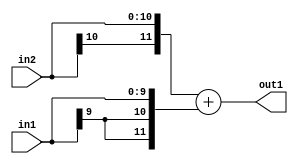
`timescale 1ps / 1ps
/*****************************************************************************
    Verilog RTL Description
    
    
    Created by: Stratus DpOpt 2019.1.01 
*******************************************************************************/

module SobelFilter_Add_11Sx10S_12S_1 (
	in2,
	in1,
	out1
	); /* architecture "behavioural" */ 
input [10:0] in2;
input [9:0] in1;
output [11:0] out1;
wire [11:0] asc001;

assign asc001 = 
	+({in2[10], in2})
	+({{2{in1[9]}}, in1});

assign out1 = asc001;
endmodule

/* CADENCE  ubPzTwk= : u9/ySgnWtBlWxVPRXgAZ4Og= ** DO NOT EDIT THIS LINE ******/